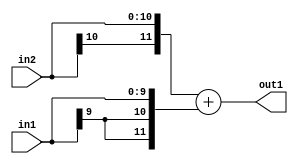
`timescale 1ps / 1ps
/*****************************************************************************
    Verilog RTL Description
    
    
    Created by: Stratus DpOpt 2019.1.01 
*******************************************************************************/

module SobelFilter_Add_11Sx10S_12S_1 (
	in2,
	in1,
	out1
	); /* architecture "behavioural" */ 
input [10:0] in2;
input [9:0] in1;
output [11:0] out1;
wire [11:0] asc001;

assign asc001 = 
	+({in2[10], in2})
	+({{2{in1[9]}}, in1});

assign out1 = asc001;
endmodule

/* CADENCE  ubPzTwk= : u9/ySgnWtBlWxVPRXgAZ4Og= ** DO NOT EDIT THIS LINE ******/